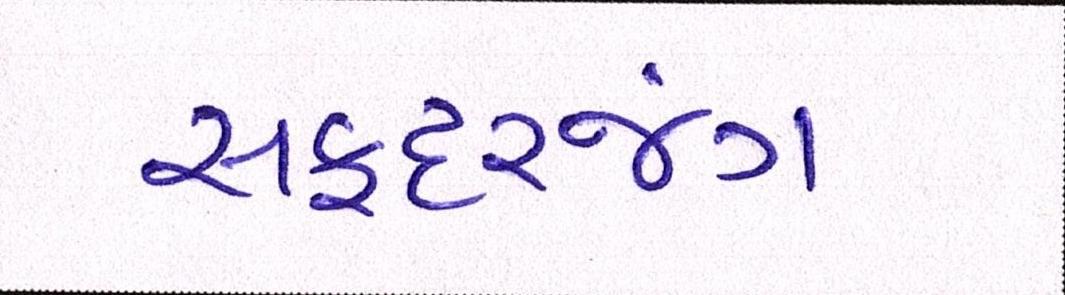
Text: સફદરજંગ